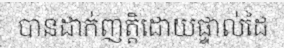
បានដាក់ញត្តិដោយផ្ទាល់ដៃ